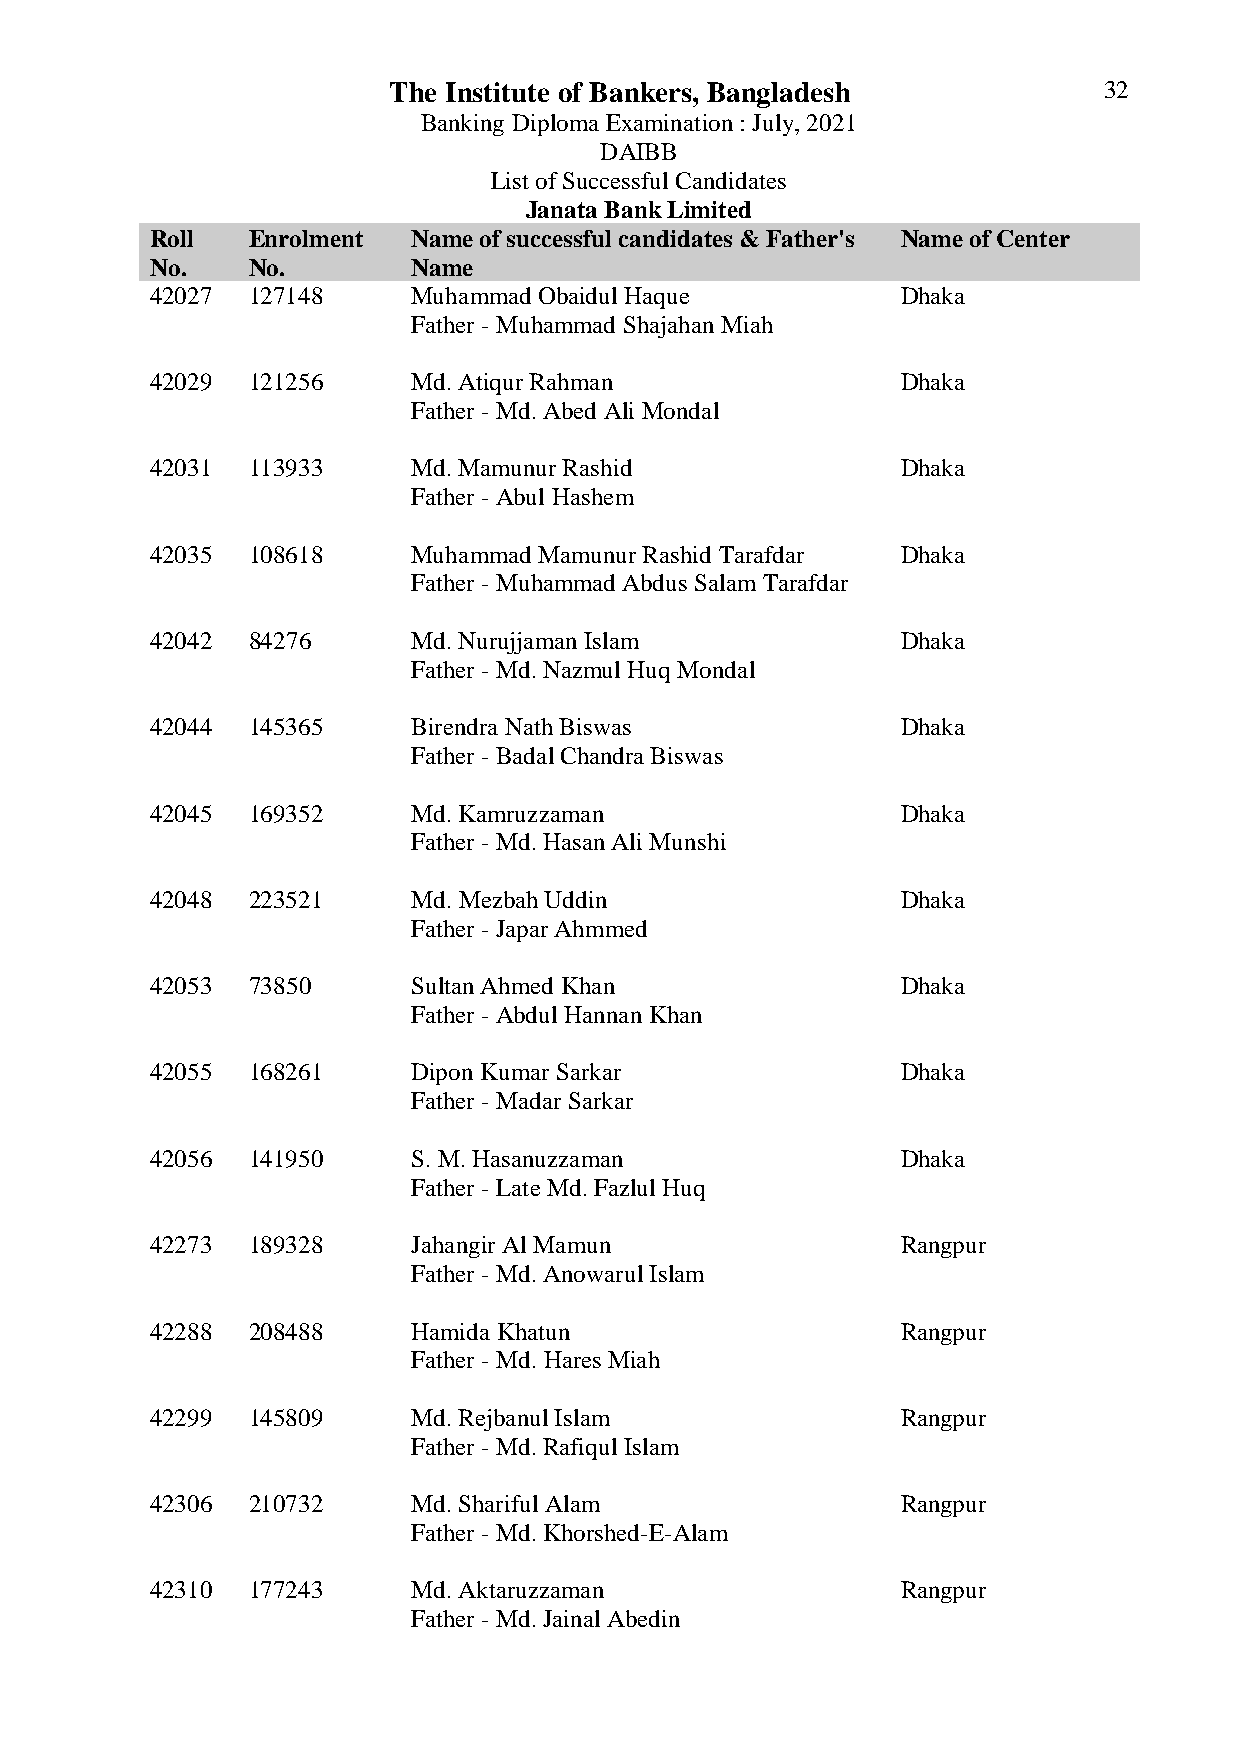
The Institute of Bankers, Bangladesh           32
 Banking Diploma Examination : July, 2021
 DAIBB
 List of Successful Candidates
 Janata Bank Limited
 Roll  Enrolment  Name of successful candidates & Father's Name of Center
 No.   No.        Name
 42027 127148     Muhammad Obaidul Haque           Dhaka
 Father - Muhammad Shajahan Miah
 42029 121256     Md. Atiqur Rahman                Dhaka
 Father - Md. Abed Ali Mondal
 42031 113933     Md. Mamunur Rashid               Dhaka
 Father - Abul Hashem
 42035 108618     Muhammad Mamunur Rashid Tarafdar Dhaka
 Father - Muhammad Abdus Salam Tarafdar
 42042 84276      Md. Nurujjaman Islam             Dhaka
 Father - Md. Nazmul Huq Mondal
 42044 145365     Birendra Nath Biswas             Dhaka
 Father - Badal Chandra Biswas
 42045 169352     Md. Kamruzzaman                  Dhaka
 Father - Md. Hasan Ali Munshi
 42048 223521     Md. Mezbah Uddin                 Dhaka
 Father - Japar Ahmmed
 42053 73850      Sultan Ahmed Khan                Dhaka
 Father - Abdul Hannan Khan
 42055 168261     Dipon Kumar Sarkar               Dhaka
 Father - Madar Sarkar
 42056 141950     S. M. Hasanuzzaman               Dhaka
 Father - Late Md. Fazlul Huq
 42273 189328     Jahangir Al Mamun                Rangpur
 Father - Md. Anowarul Islam
 42288 208488     Hamida Khatun                    Rangpur
 Father - Md. Hares Miah
 42299 145809     Md. Rejbanul Islam               Rangpur
 Father - Md. Rafiqul Islam
 42306 210732     Md. Shariful Alam                Rangpur
 Father - Md. Khorshed-E-Alam
 42310 177243     Md. Aktaruzzaman                 Rangpur
 Father - Md. Jainal Abedin